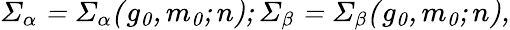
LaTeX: \mit\Sigma_{\alpha}=\mit\Sigma_{\alpha}(g_{0},m_{0};n);\mit\Sigma_{\beta}=\mit\Sigma_{\beta}(g_{0},m_{0};n),